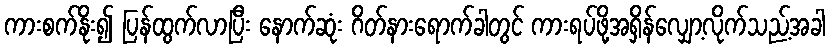
ကားစက်နိုး၍ ပြန်ထွက်လာပြီး နောက်ဆုံး ဂိတ်နားရောက်ခါတွင် ကားရပ်ဖို့အရှိန်လျှော့လိုက်သည့်အခါ